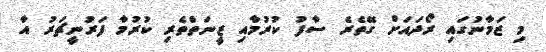
މި ޒަމާނުގައި ރޯދައަށް ގޭތެރެ ސާފު ކުރުމާއި ޒީނަތްތެރި ކުރުމާ ފަރުނީޗަރު އާ